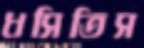
ধসিতিস